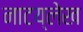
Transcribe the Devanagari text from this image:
नाटय्लेख